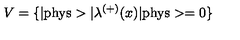
V = \{ | \mathrm { p h y s } > | { \lambda } ^ { ( + ) } ( x ) | \mathrm { p h y s } > = 0 \}